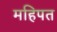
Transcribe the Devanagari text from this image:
महिपत